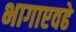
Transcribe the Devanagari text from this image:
भागाएवढे